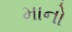
માનો